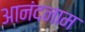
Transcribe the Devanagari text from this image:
आनंदनाम